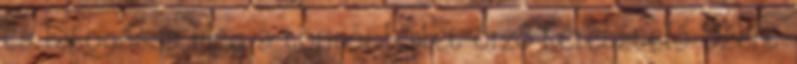
és látogassa meg a torinói leplet őrző Keresztelő Szent